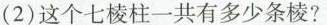
(2)这个七棱柱一共有多少条棱?